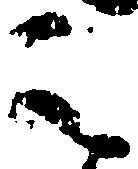
之